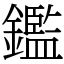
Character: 鑑